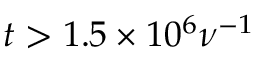
t > 1 . 5 \times 1 0 ^ { 6 } \nu ^ { - 1 }